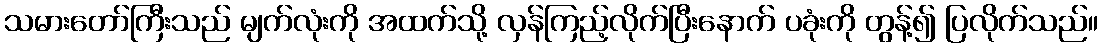
သမားတော်ကြီးသည် မျက်လုံးကို အထက်သို့ လှန်ကြည့်လိုက်ပြီးနောက် ပခုံးကို တွန့်၍ ပြလိုက်သည်။